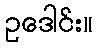
ဥဒေါင်း။